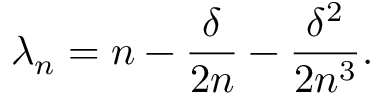
\lambda _ { n } = n - \frac \delta { 2 n } - \frac { \delta ^ { 2 } } { 2 n ^ { 3 } } .